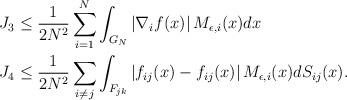
LaTeX: \begin{align*}J_{3} & \le\frac{1}{2N^{2}}\sum_{i=1}^{N}\int_{G_{N}}\left|\nabla_{i}f(x)\right|M_{\epsilon,i}(x)dx\\J_{4} & \le\frac{1}{2N^{2}}\sum_{i\neq j}\int_{F_{jk}}\left|f_{ij}(x)-f_{ij}(x)\right|M_{\epsilon,i}(x)dS_{ij}(x).\end{align*}